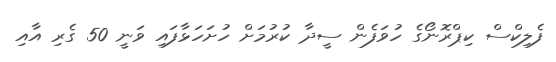
ފެލިކްސް ކިޕްރޮނޯގެ ހުވަފެން ސީދާ ކުރުމަށް ހުށަހަޅާފައި ވަނީ 50 ގެރި އާއި